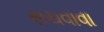
સચવાવા